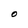
Character: O